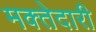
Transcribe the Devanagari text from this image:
मक्‍तेदारी